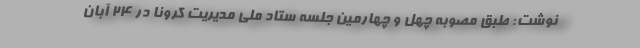
نوشت: طبق مصوبه چهل و چهارمین جلسه ستاد ملی مدیریت کرونا در ۲۴ آبان